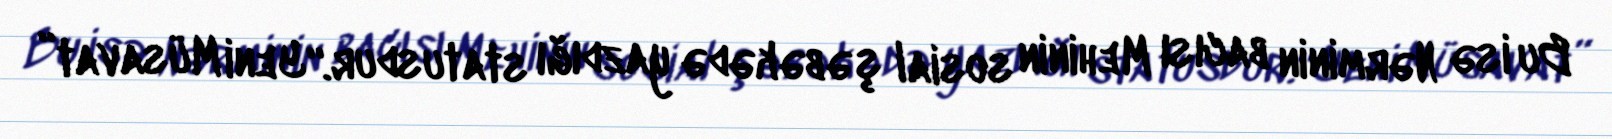
Bu isə Nərminin bacısı Mehinin sosial şəbəkədə yazdığı statusdur.“Yeni Müsavat”